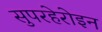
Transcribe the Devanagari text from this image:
सुपरहेरोइन